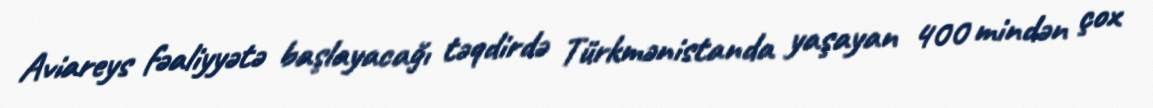
Aviareys fəaliyyətə başlayacağı təqdirdə Türkmənistanda yaşayan 400 mindən çox